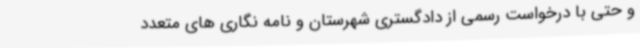
و حتی با درخواست رسمی از دادگستری شهرستان و نامه نگاری های متعدد